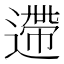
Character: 遰